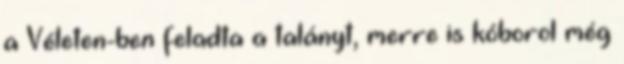
a Véleten-ben feladta a talányt, merre is kóborol még